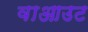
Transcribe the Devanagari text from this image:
वाआउट